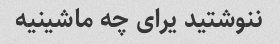
ننوشتید یرای چه ماشینیه